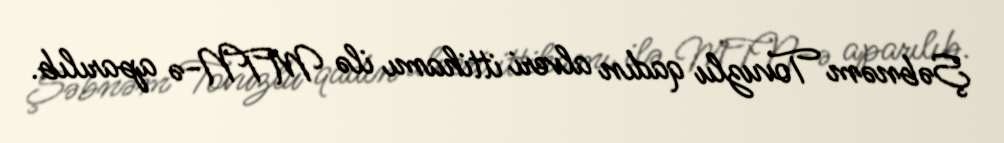
Şəbnəm Tovuzlu qadın alveri ittihamı ilə MTN-ə aparılıb.